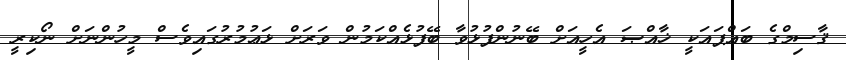
ޤާސިމްގެ ބައްޕައަކީ ޚާއްޞަ އެހީއަށް ބޭނުންފުޅުވާ ބޭފުޅެއްކަމުން ވަރަށް ޅަޢުމުރުގައިވެސް މީހުންނަށް ނޯކިރީ